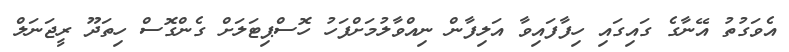
އެވަގުތު އޭނާގެ ގައިގައި ހިފާފައިވާ އަލިފާން ނިއްވާލުމަށްފަހު ހޮސްޕިޓަލަށް ގެންގޮސް ހިތަދޫ ރީޖަނަލް